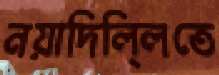
নয়াদিলি্লতে